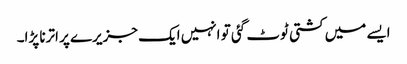
ایسے میں کشتی ٹوٹ گئی تو انہیں ایک جزیرے پر اترنا پڑا۔